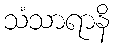
သံသာရာနိ